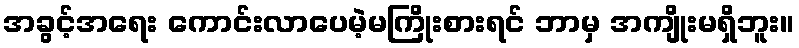
အခွင့်အရေး ကောင်းလာပေမဲ့မကြိုးစားရင် ဘာမှ အကျိုးမရှိဘူး။